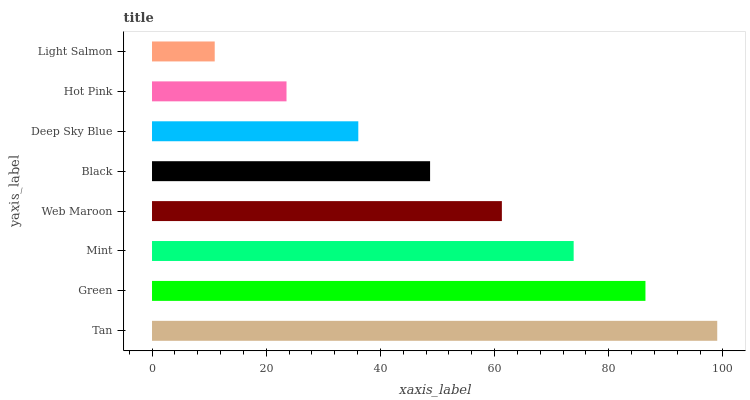
| yaxis_label | bars |
 | --- | --- |
 | Tan | 99 |
 | Green | 86.4 |
 | Mint | 73.9 |
 | Web Maroon | 61.3 |
 | Black | 48.7 |
 | Deep Sky Blue | 36.1 |
 | Hot Pink | 23.6 |
 | Light Salmon | 11 |